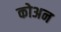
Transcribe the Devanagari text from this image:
कोअन